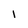
Character: 1